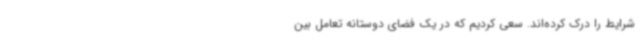
شرایط را درک کرده‌اند. سعی کردیم که در یک فضای دوستانه تعامل بین